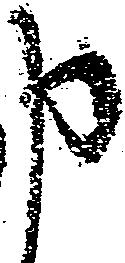
申